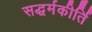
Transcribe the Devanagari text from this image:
सद्धर्मकीर्ति